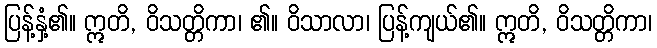
ပြန့်နှံ့၏။ ဣတိ, ဝိသတ္တိကာ၊ ၏။ ဝိသာလာ၊ ပြန့်ကျယ်၏။ ဣတိ, ဝိသတ္တိကာ၊